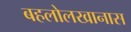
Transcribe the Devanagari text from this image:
बहलोलखानास